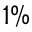
1 \%